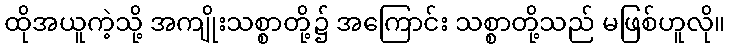
ထိုအယူကဲ့သို့ အကျိုးသစ္စာတို့၌ အကြောင်း သစ္စာတို့သည် မဖြစ်ဟူလို။